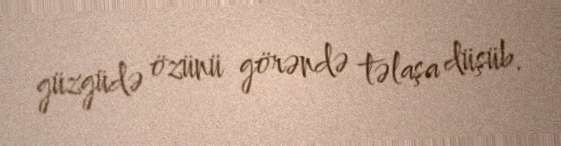
güzgüdə özünü görəndə təlaşa düşüb.